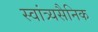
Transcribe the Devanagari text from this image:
स्वांत्र्यसैनिक